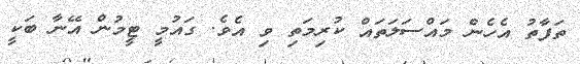
ތަފާތު އެހެން މަައްސަލަތައް ކުރިމަތި ވި އެވެ. ގައުމީ ޓީމުން އޭނާ ބަކީ